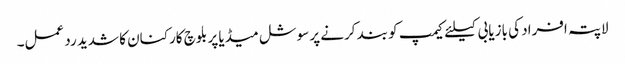
لاپتہ افراد کی بازیابی کیلئے کیمپ کو بند کرنے پر سوشل میڈیا پر بلوچ کارکنان کا شدید رد عمل۔